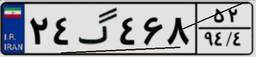
۸۸گ۸۶۳۰۵